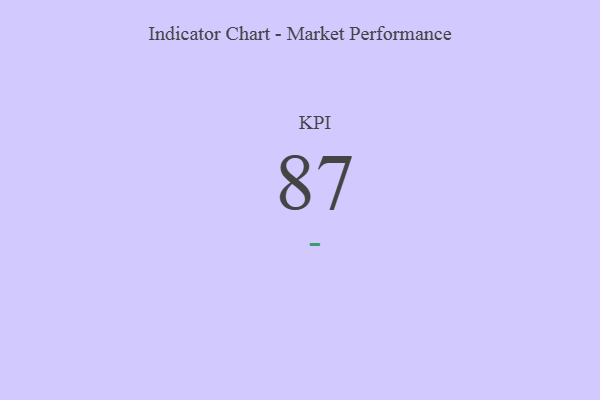
{"axis": {"x": "KPI", "y": "Value"}, "legend": [""], "data": [{"x": "KPI", "y": 87, "type": ""}]}